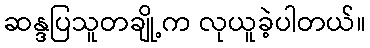
ဆန္ဒပြသူတချို့က လုယူခဲ့ပါတယ်။